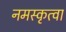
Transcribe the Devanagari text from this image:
नमस्कृत्वा